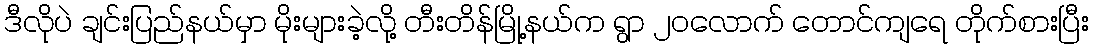
ဒီလိုပဲ ချင်းပြည်နယ်မှာ မိုးများခဲ့လို့ တီးတိန်မြို့နယ်က ရွာ ၂၀လောက် တောင်ကျရေ တိုက်စားပြီး